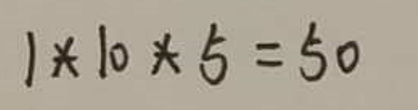
\[1\times10\times5 = 50\]